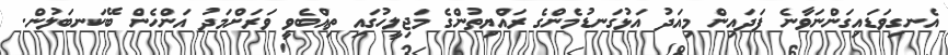
އެނގިވަޑައިގަންނަވާނެ ފަދައިން މިއަދު އަޅުގަނޑުމެންގެ ރައްޔިތުންގެ މަޖިލީހުގައި ތިއްބެވީ ވަރަށްމަދު އަންހެން ބޭކަނބަލުން.